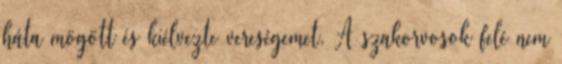
háta mögött és kiélvezte vereségemet. A szakorvosok felé nem